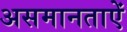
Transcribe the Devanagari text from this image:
असमानताऐं